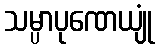
သမ္ပာပုဏေယျုံ